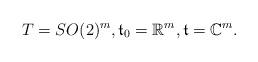
LaTeX: \begin{align*} T=SO(2)^m,{\mathfrak t}_0 = {\mathbb R}^m, {\mathfrak t} = {\mathbb C}^m.\end{align*}